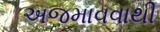
અજમાવવાથી